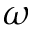
\omega